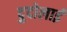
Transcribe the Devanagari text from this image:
दुदोलाई